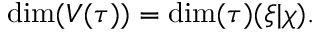
\dim ( V ( \tau ) ) = \dim ( \tau ) ( \xi | \chi ) .